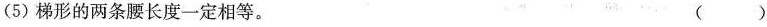
(5)梯形的两条腰长度一定相等。 ( )